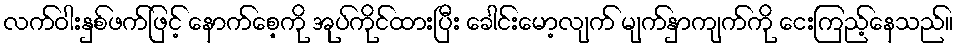
လက်ဝါးနှစ်ဖက်ဖြင့် နောက်စေ့ကို အုပ်ကိုင်ထားပြီး ခေါင်းမော့လျက် မျက်နှာကျက်ကို ငေးကြည့်နေသည်။